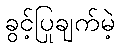
ခွင့်ပြုချက်မဲ့